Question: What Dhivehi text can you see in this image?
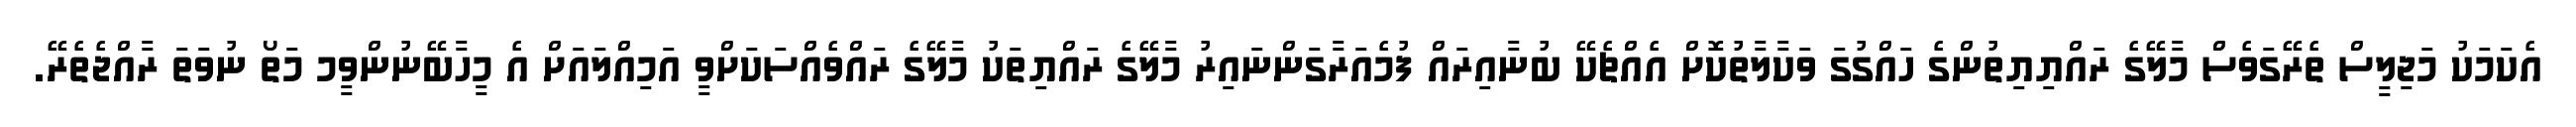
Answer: އެކަމަކު މަޖިލީސް ތެރޭގަވެސް މާލޭގެ ރައްޔިޔިތުންގެ ހައްގުގަ ވަކާލާތުކޮށް އެއްޗެކޭ ބުނާއިރައް ފުމެއަރާގަންނައިރު މާލޭގެ ރައްޔިތަކު މާލޭގެ ރައްވެއްސަކަށްވީ އަމިއްލައަށް އެ މީހާބޭނުންވީމ މަތޯ ނުވަތަ ރާއްޖެތެރޭ.